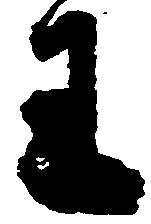
王